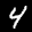
Label: 4